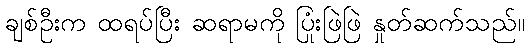
ချစ်ဦးက ထရပ်ပြီး ဆရာမကို ပြုံးဖြဲဖြဲ နှုတ်ဆက်သည်။